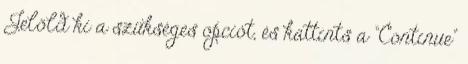
Jelöld ki a szükséges opciót, és kattints a "Continue"